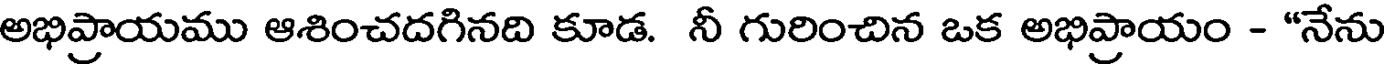
అభిప్రాయము ఆశించదగినది కూడ. నీ గురించిన ఒక అభిప్రాయం - "నేను